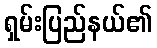
ရှမ်းပြည်နယ်၏